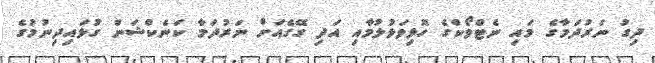
ދިގު ނަރުދަމާގެ މައި ނެޓްވޯކްގެ ހޮޅިވަޅުލުމާއި އަދި ގޭގެއަށް ނަރުދަމާ ކަނެކްޝަން ގުޅައިދިނުމުގެ